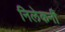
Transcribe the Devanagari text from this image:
निलेकनी